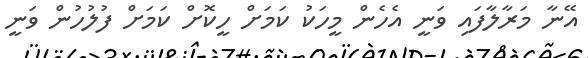
އޭނާ މަރާލާފައި ވަނީ އެހެން މީހަކު ކަމަށް ހީކޮށް ކަމަށް ފުލުހުން ވަނީ